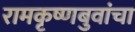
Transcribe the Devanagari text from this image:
रामकृष्णबुवांचा